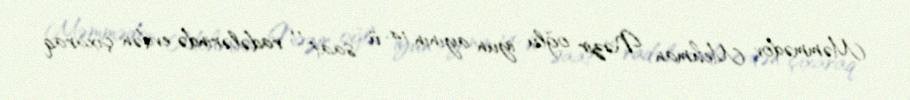
Məmmədov Mehman Nəzir oğlu iyun ayının 14-ü saat 11 radələrində evdən çıxaraq